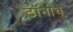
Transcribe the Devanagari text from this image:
टॉनाचे